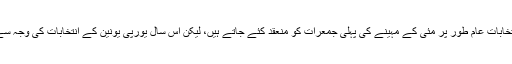
اگرچہ مقامی کونسلوں کے انتخابات عام طور پر مئی کے مہینے کی پہلی جمعرات کو منعقد کئے جاتے ہیں، لیکن اس سال یورپی یونین کے انتخابات کی وجہ سے یہ الیکشن موخر کئے گئے۔